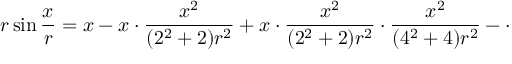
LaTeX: r \sin { \frac { x } { r } } = x - x \cdot { \frac { x ^ { 2 } } { ( 2 ^ { 2 } + 2 ) r ^ { 2 } } } + x \cdot { \frac { x ^ { 2 } } { ( 2 ^ { 2 } + 2 ) r ^ { 2 } } } \cdot { \frac { x ^ { 2 } } { ( 4 ^ { 2 } + 4 ) r ^ { 2 } } } - \cdot